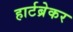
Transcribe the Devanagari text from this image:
हार्टब्रेकर